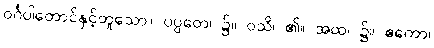
ဝင်္ဂပါတောင်နှင့်တူသော။ ပပ္ပတေ၊ ၌။ ဝသိ၊ ၏။ အထ၊ ၌။ ဧကော၊